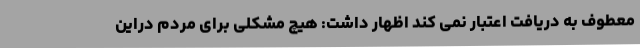
معطوف به دریافت اعتبار نمی کند اظهار داشت: هیچ مشکلی برای مردم دراین